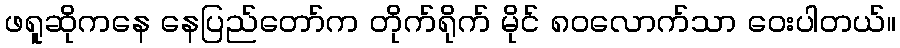
ဖရူဆိုကနေ နေပြည်တော်က တိုက်ရိုက် မိုင် ၈၀လောက်သာ ဝေးပါတယ်။